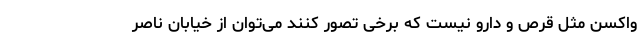
و‌اکسن مثل قرص و دارو نیست که برخی تصور کنند می‌توان از خیابان ناصر